Tezpur Lunatic Asylum reports 1877-1894 - 1877-1894
Year: 1877
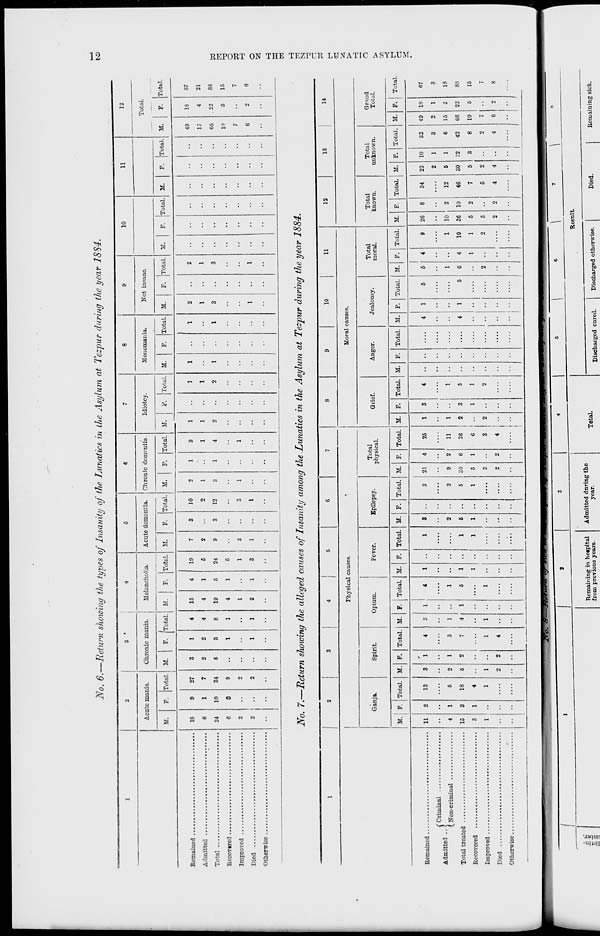
No. 6.—Return showing the types of Insanity of the Lunatics in the Asylum at Tezpur during the year 1884.
u>
1
2
3 *
4
5
6
7
8
9
10
11
12
Acute mania.
Chronic mania.
Melancholia.
Acute dementia.
Chronic demfntio.
Idiotcy.
Monomania.
Not insane.
Total.
M.
F. Total,
i
M.
F. JTotal. M.
F. Total. M.
F. Total. M.
F. Total. M.
V. Total. M.
F. Total. M.
F. Total. M.
F. Total. M.
F. Total. M.
F. Total.
18
6
24
6
2
2
9
1
10
6
27
7
31
9
2
2
3
2
5
1
2
3
1
1
4
4
8
1
1
15
4
19
4
1
2
4
1
5
1
1
19
6
24
5
1
3
7
2
9
3
1
3
3
10
2
12
3
1
2
1
3
1
1
1
3
1
4
1
1
1
2
1
1
2
1
1
1
1
2
1
3
1
2
1
3
1
• •
••
••
••
49
17
66
10
7
6
18
4
.22
5
2
67
21
83
15
8
No. 7.—Return sJwwing the alleged causes of Insanity among the Lunatics in the Asylum at Tezpur during the year 1884.
1 '
3
4
5
6
7
8
9
10
11
12
13
14
Physical causes.
Moral causes.
Ganja.
Spirit.
Opium.
Fever.
Epilepsy.
Total
physical.
Grief.
Anger.
Jealousy.
Total
moral.
Total
known.
Total
unknown.
Grand
Total.
M. F. Total. M. F. Total. 1 M. F. Total. M. F. Total. M. F. Total. M. F. Total. M. P. Total. M. F. Total. M. F. Total. M. F. Total. M. F.
I
Total. M. P. Total. M. F. Total
11
4
15
3
1
2
1
3
1
••
1
13
5
18
4
1
3
2
5
1
2
1
1
2
2
4
3
1
4
1
4
1
1
1
4
1
5
1
1
1
1
1
1
1
3
2
5
1
1
3
2
5
1
21
9
30
5
3
2
4
2
6
1
2
25
11
36
6
3
4
1
1
3
2
3
3
1
4
1
5
1
2
4
4
1
1
5
5
5
1
6
2
4
4
1
9
1
10
1
2
26
10
36
5
5
2
8
2
10
2
2
34
12
46
7
5
4
23
2
5
30
5
2
4
10
1
1
12
3
33
3
6
42
8
2
4
49
2
15
66
10
7
6
18
1
3
22
5
67
3
18
83
15
7
8
f Criminal
Admitted ..]
Otherwise
O
O
-3
f
>
o
>
en
f
LV*. JJ—JJiJum 4J w«
Remaining in hotpital
from previous years.
Admitted during the
year.
Discharged cured.
Discharged otherwise.
Remaining sick.